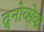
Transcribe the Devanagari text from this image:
द्र्नोव्सेक